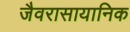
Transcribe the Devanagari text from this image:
जैवरासायानिक